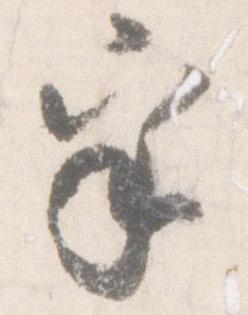
乎